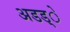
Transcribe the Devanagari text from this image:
अडड्े